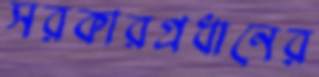
সরকারপ্রধানের